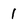
Character: 1